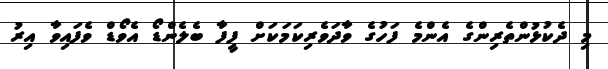
މި ދެކުޅުންތެރިންގެ އެންމެ ފަހުގެ ވާދަވެރިކަމަކަށް ފީފާ ބެލެންޑޯ އެވޯޑް ވެފައިވާ އިރު